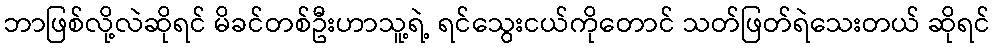
ဘာဖြစ်လို့လဲဆိုရင် မိခင်တစ်ဦးဟာသူ့ရဲ့ ရင်သွေးငယ်ကိုတောင် သတ်ဖြတ်ရဲသေးတယ် ဆိုရင်